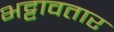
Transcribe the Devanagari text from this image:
भट्टावतार